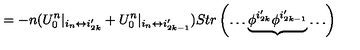
= - n ( U _ { 0 } ^ { n } | _ { i _ { n } \leftrightarrow i _ { 2 k } ^ { \prime } } + U _ { 0 } ^ { n } | _ { i _ { n } \leftrightarrow i _ { 2 k - 1 } ^ { \prime } } ) S t r \left( \ldots \underbrace { \phi ^ { i _ { 2 k } ^ { \prime } } \phi ^ { i _ { 2 k - 1 } ^ { \prime } } } \ldots \right)